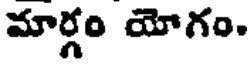
మార్గం యోగం.